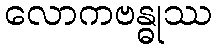
လောကဗန္ဓုဿ